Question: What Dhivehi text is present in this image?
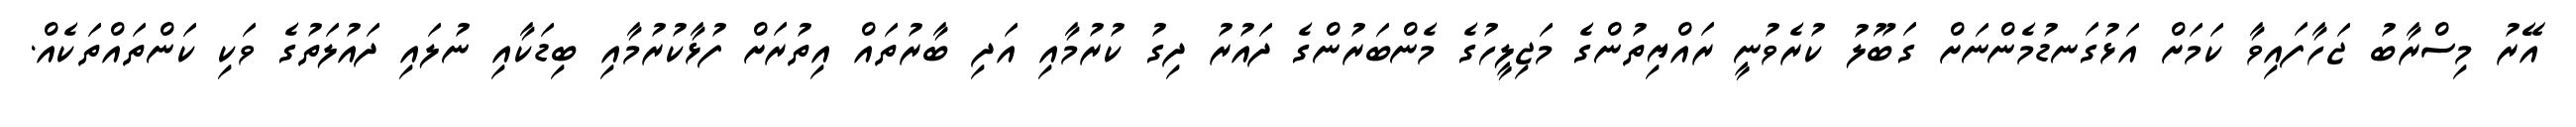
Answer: އޭރު މިސްރާބު ޖަހާފައިވާ ކަމަށް އަޅުގަނޑުމެންނަށް ގަބޫލު ކުރެވުނީ ރައްޔިތުންގެ މަޖިލީހުގެ މެންބަރުންގެ ދައުރު ދިގު ކުރުމާއި އަދި ބާރުތައް އިތުރަށް ފުޅާކުރުމާއި ބިޑަކާއި ނުލައި ދައުލަތުގެ ވަކި ކަންތައްތަކެއް.